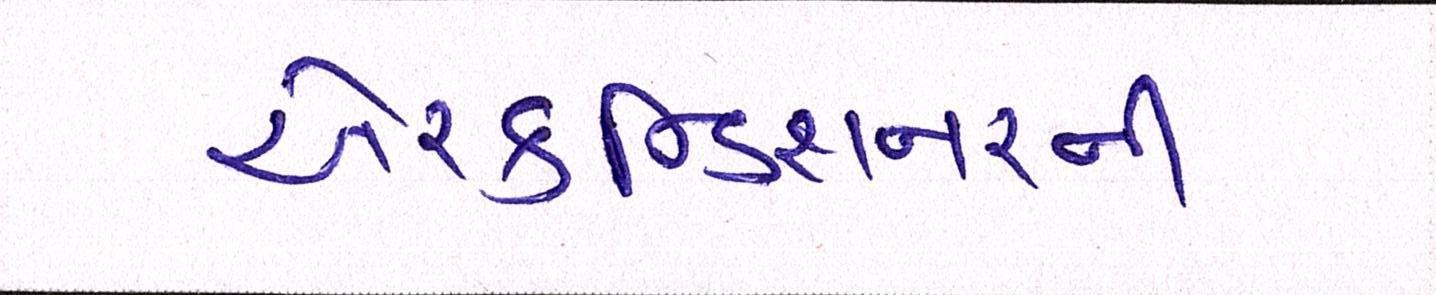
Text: એરકન્ડિશનરની